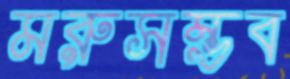
মরুসম্ভব